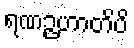
ရဏဉ္ဇဟာတိပိ